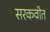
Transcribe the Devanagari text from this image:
सरकवीत